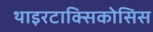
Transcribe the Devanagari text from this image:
थाइरटाक्सिकोसिस